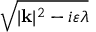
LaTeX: \sqrt { | \mathbf { k } | ^ { 2 } - i \varepsilon \lambda }